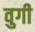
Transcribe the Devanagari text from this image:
वुगी